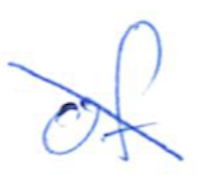
Text: of
Cross-out: diagonal
Writing tool: ballpoint